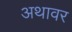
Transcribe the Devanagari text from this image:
अथावर